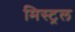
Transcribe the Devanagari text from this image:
मिस्ट्रल